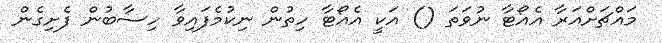
މައްޗަށްއަރާ އެއޯޓާ ނުވަތަ () އަކީ އެއޯޓާ ހިތުން ނިކުމެފައިވާ ހިސާބުން ފެށިގެން